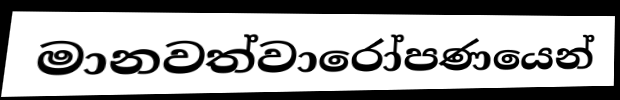
මානවත්වාරෝපණයෙන්